Indian journal of veterinary science and animal husbandry - Volumes 18-21, 1948-1951
Year: 1948
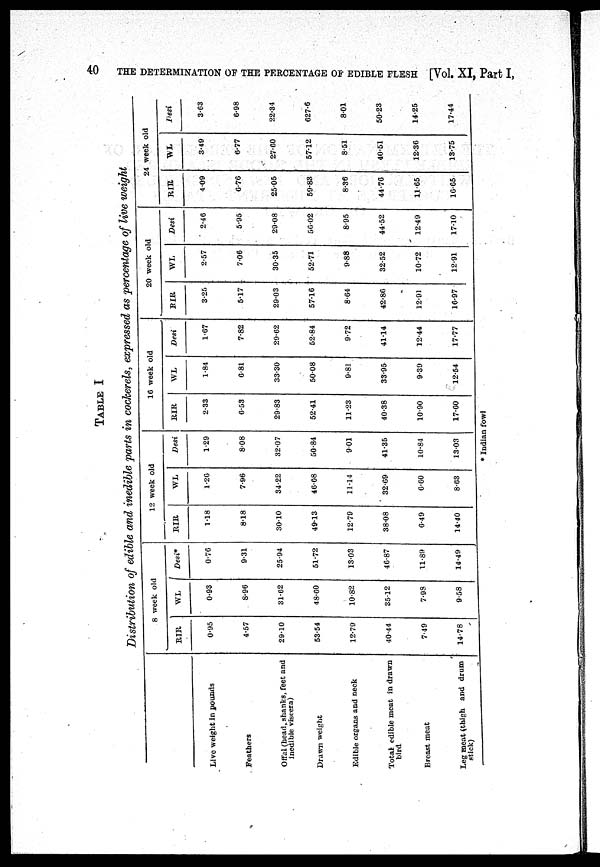
40
THE DETERMINATION OF THE PERCENTAGE OF EDIBLE FLESH [Vol. XI, Part I,
TABLE I
Distribution of edible and inedible parts in cockerels, expressed as percentage of live weight
Live weight in pounds
Feathers
Offal (head, shanks, feet and
inedible viscera)
Drawn weight
Edible organs and neck
Total edible meat in drawn
bird
Breast meat
Leg meat (thigh and drum
stick)
8 week old
RIR
0.95
4.57
29.10
53.54
12.79
40.44
7.49
14.78
WL
0.93
8.96
31.62
48.60
10.82
35.12
7.98
9.58
Desi*
0.76
9.31
25.94
51.72
13.03
46.87
11.89
14.49
12 week old
RIR
1.18
8.18
30.10
49.13
12.79
38.08
6.49
14.40
WL
1.26
7.96
34.22
46.68
11.14
32.69
6.60
8.63
Desi
1.29
8.08
32.07
50.84
9.01
41.35
10.84
13.03
16 week old
RIR
2.33
6.53
29.83
52.41
11.23
40.38
10.90
17.60
WL
1.84
6.81
33.30
50.08
9.81
33.95
9.39
12.54
Desi
1.67
7.82
29.62
52.84
9.72
41.14
12.44
17.77
20 week old
RIR
3.25
5.17
29.03
57.16
8.64
42.86
12.91
16.97
WL
2.57
7.06
30.35
52.71
9.88
32.52
10.72
12.91
Desi
2.46
5.95
29.08
56.02
8.95
44.52
12.49
17.10
24 week old
RIR
4.09
6.76
25.05
59.83
8.36
44.76
11.65
16.65
WL
3.49
6.77
27.60
57.12
8.51
40.51
12.36
13.75
Desi
3.63
6.98
22.34
627.6
8.01
50.23
14.25
17.44
* Indian fowl